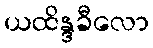
ယထိန္ဒခီလော